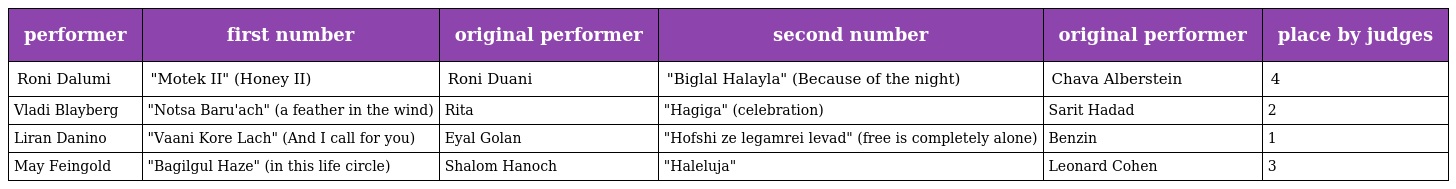
| performer | first number | original performer | second number | original performer | place by judges |
 | --- | --- | --- | --- | --- | --- |
 | Roni Dalumi | "Motek II" (Honey II) | Roni Duani | "Biglal Halayla" (Because of the night) | Chava Alberstein | 4 |
 | Vladi Blayberg | "Notsa Baru'ach" (a feather in the wind) | Rita | "Hagiga" (celebration) | Sarit Hadad | 2 |
 | Liran Danino | "Vaani Kore Lach" (And I call for you) | Eyal Golan | "Hofshi ze legamrei levad" (free is completely alone) | Benzin | 1 |
 | May Feingold | "Bagilgul Haze" (in this life circle) | Shalom Hanoch | "Haleluja" | Leonard Cohen | 3 |